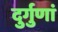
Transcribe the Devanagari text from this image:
दुर्गुणां